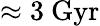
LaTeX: \approx 3\ \mathrm{Gyr}